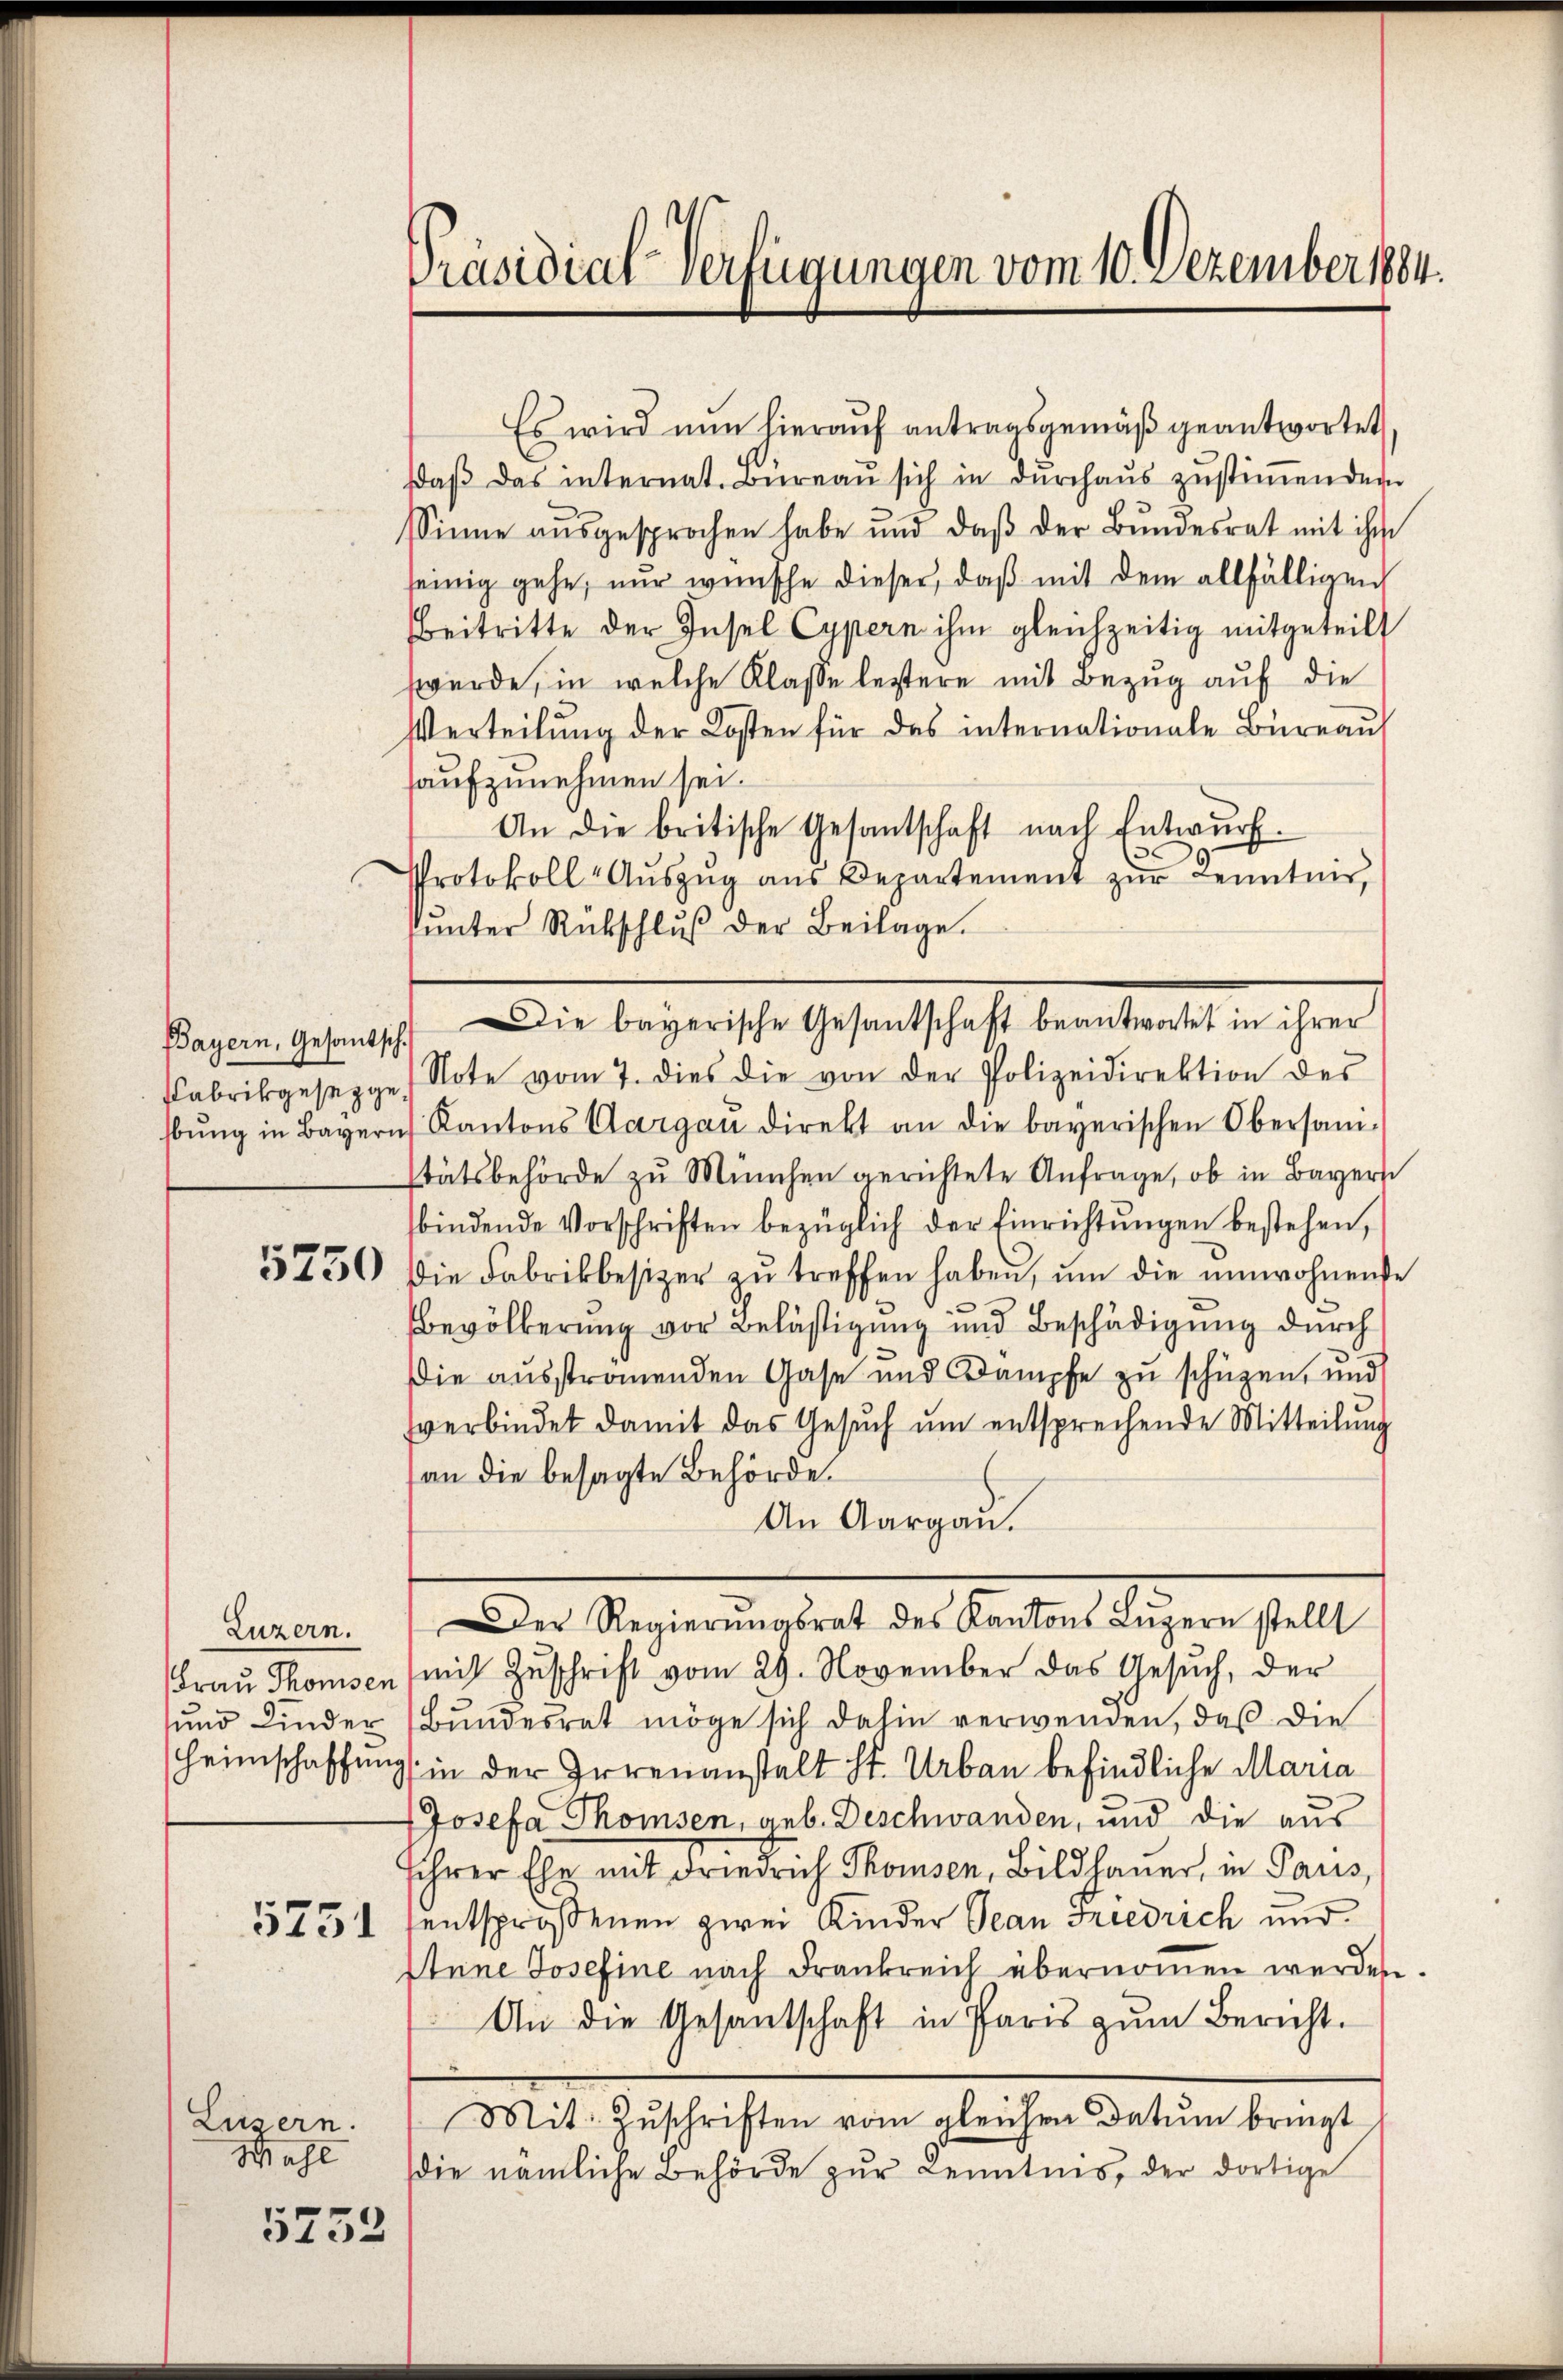
Luzern.

Es wird nun hierauf antragsgemäß geantwortet
daβ das internat. Büreaŭ sich in dŭrchaŭs zŭstiṁenden
Sinne aŭsgesprochen habe und daβ der Bundesrat mit ihr
seinig gehe, nur wünsche dieser, daß mit dem allfälligen
Beitritte der Insel Cypern ihm gleichzeitig mitgeteilt
würde, in welche Klaße leztere mit Bezug auf die
Verteilung der Kosten für das internationale Büreaŭ
haufzunehmen sei.
An die britische Gesantschaft nach Entwurf.
.
Protokoll-Aŭszŭg aŭs Departement zŭr Kenntnis,
Pŭnter Rückschlŭβ der Beilage.
Fabrikgesegge Note vom 7. dies die von der Polizeidirektion des
bŭng in Bayern Kantons Aargau direkt an die bayerischen Obersani-
stätsbehörde zu München gerichtete Anfrage, ob in Bayern
bindende Vorschriften bezüglich der Einrichtŭngen bestehen,
5730 die Fabrikbesizer zŭ treffen haben, ŭm die unwohnende
Bevölkerung vor Belästigung und Beschädigung durch
Die ausstromenden Gase und Dampfe zu schützen, und
verbindet damit das Gesŭch ŭm entsprechende Mitteilŭng
an die besagte Behörde.
An Aargau.
Der Regierŭngsrat des Kantons Lŭzern stellt
(Frau Thomsen (mit Zuschrift vom 29. November das Gesuch, der
ŭnd Kinder Bŭndesrat möge sich dahin verwenden, daβ die
Heimschaffung in der Irrenanstalt St. Urbau befindliche Maria
Josefa Thomsen, geb. Deschwanden, und die aus
ihrer Ehe mit Friedrich Thomsen, Bildhauer, in Paris,
3751 sentsprossenen zwei Kinder Jean Friedrich und
Atene Josefine nach Frankreich übernoṁen werden.
An die Gesantschaft in Paris zŭm Bericht.
Lüsern. Mit Zŭschriften vom gleichen Datum bringt
die nämliche Behörde zur Kenntnis, der dortige

Wahl

5753

Präsidial-Verfügungen vom 10. Dezember 1884.

Bayern, Gesantsch. Die bayerische Gesantschaft beantwortet in ihrer